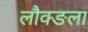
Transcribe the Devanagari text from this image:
लौक्ङला